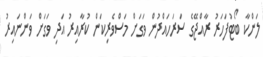
ލަންކާ ބޯޓުފަހަރު ރާއްޖޭގެ ސަރަހައްދުން ވަގަށް މަސްވެރިކަން ކުރާއިރު އަދި ވަގަށް ވަންނައިރު